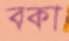
বকা